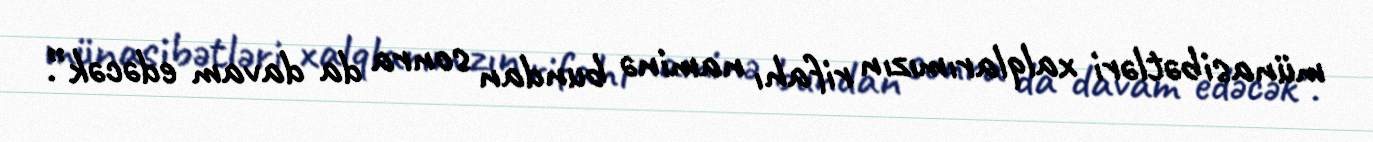
münasibətləri xalqlarımızın rifahı naminə bundan sonra da davam edəcək”.